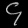
Digit: ၄